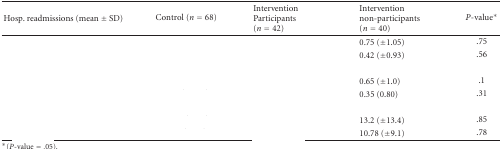
<table><thead><tr><td><b>Hosp. readmissions (mean ± SD)</b></td><td><b> Control (<i>n</i> = 68)</b></td><td><b>Intervention Participants (<i>n</i> = 42)</b></td><td><b> Intervention non-participants (<i>n</i> = 40)</b></td><td><b><i>P</i>-value*</b></td></tr></thead><tbody><tr><td>[EMPTY_CELL]</td><td>[EMPTY_CELL]</td><td>[EMPTY_CELL]</td><td>0.75 (±1.05)</td><td>.75</td></tr><tr><td>[EMPTY_CELL]</td><td>[EMPTY_CELL]</td><td>[EMPTY_CELL]</td><td>0.42 (±0.93)</td><td>.56</td></tr><tr><td>[EMPTY_CELL]</td><td>[EMPTY_CELL]</td><td>[EMPTY_CELL]</td><td>[EMPTY_CELL]</td><td>[EMPTY_CELL]</td></tr><tr><td>[EMPTY_CELL]</td><td>[EMPTY_CELL]</td><td>[EMPTY_CELL]</td><td>0.65 (±1.0)</td><td>.1</td></tr><tr><td>[EMPTY_CELL]</td><td>[EMPTY_CELL]</td><td>[EMPTY_CELL]</td><td>0.35 (0.80)</td><td>.31</td></tr><tr><td>[EMPTY_CELL]</td><td>[EMPTY_CELL]</td><td>[EMPTY_CELL]</td><td>[EMPTY_CELL]</td><td>[EMPTY_CELL]</td></tr><tr><td>[EMPTY_CELL]</td><td>[EMPTY_CELL]</td><td>[EMPTY_CELL]</td><td>13.2 (±13.4)</td><td>.85</td></tr><tr><td>[EMPTY_CELL]</td><td>[EMPTY_CELL]</td><td>[EMPTY_CELL]</td><td>10.78 (±9.1)</td><td>.78</td></tr></tbody></table>